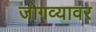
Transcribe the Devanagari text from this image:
जोगव्यावर